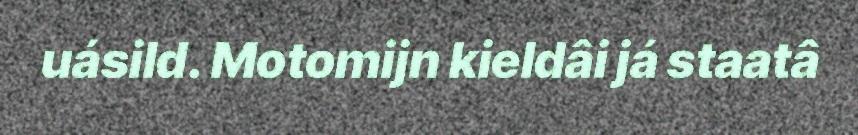
uásild. Motomijn kieldâi já staatâ